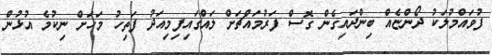
ފުވައްމުލަކު ދޯންޏެއް ބިންދައިގެން ގޮސް ފަރުމައްޗަށް ލައްގައިފިމިއަދު ފަތިހު މަހަށް ނިކުމެ އުޅުން